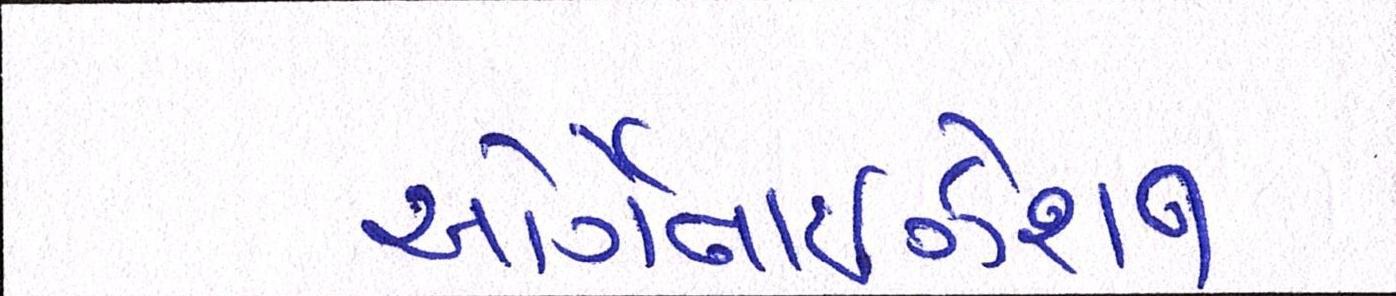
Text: ઓર્ગેનાઈઝેશન